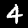
Digit: 4